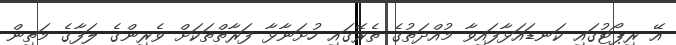
އޭ ރިޕޯޓުގައި ކަނޑައަޅާފައިވާ މުއްދަތުގެ ތެރޭގައި ހުށަނާޅާ ފަރާތްތަކަށް ވެރިންގެ ލަފާގެ މަތިން